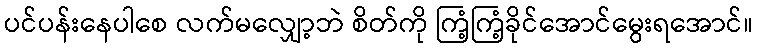
ပင်ပန်းနေပါစေ လက်မလျှော့ဘဲ စိတ်ကို ကြံ့ကြံ့ခိုင်အောင်မွေးရအောင်။